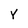
Character: Y